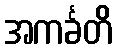
အကင်္ခတိ